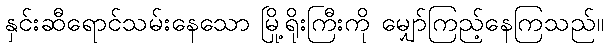
နှင်းဆီရောင်သမ်းနေသော မြို့ရိုးကြီးကို မျှော်ကြည့်နေကြသည်။